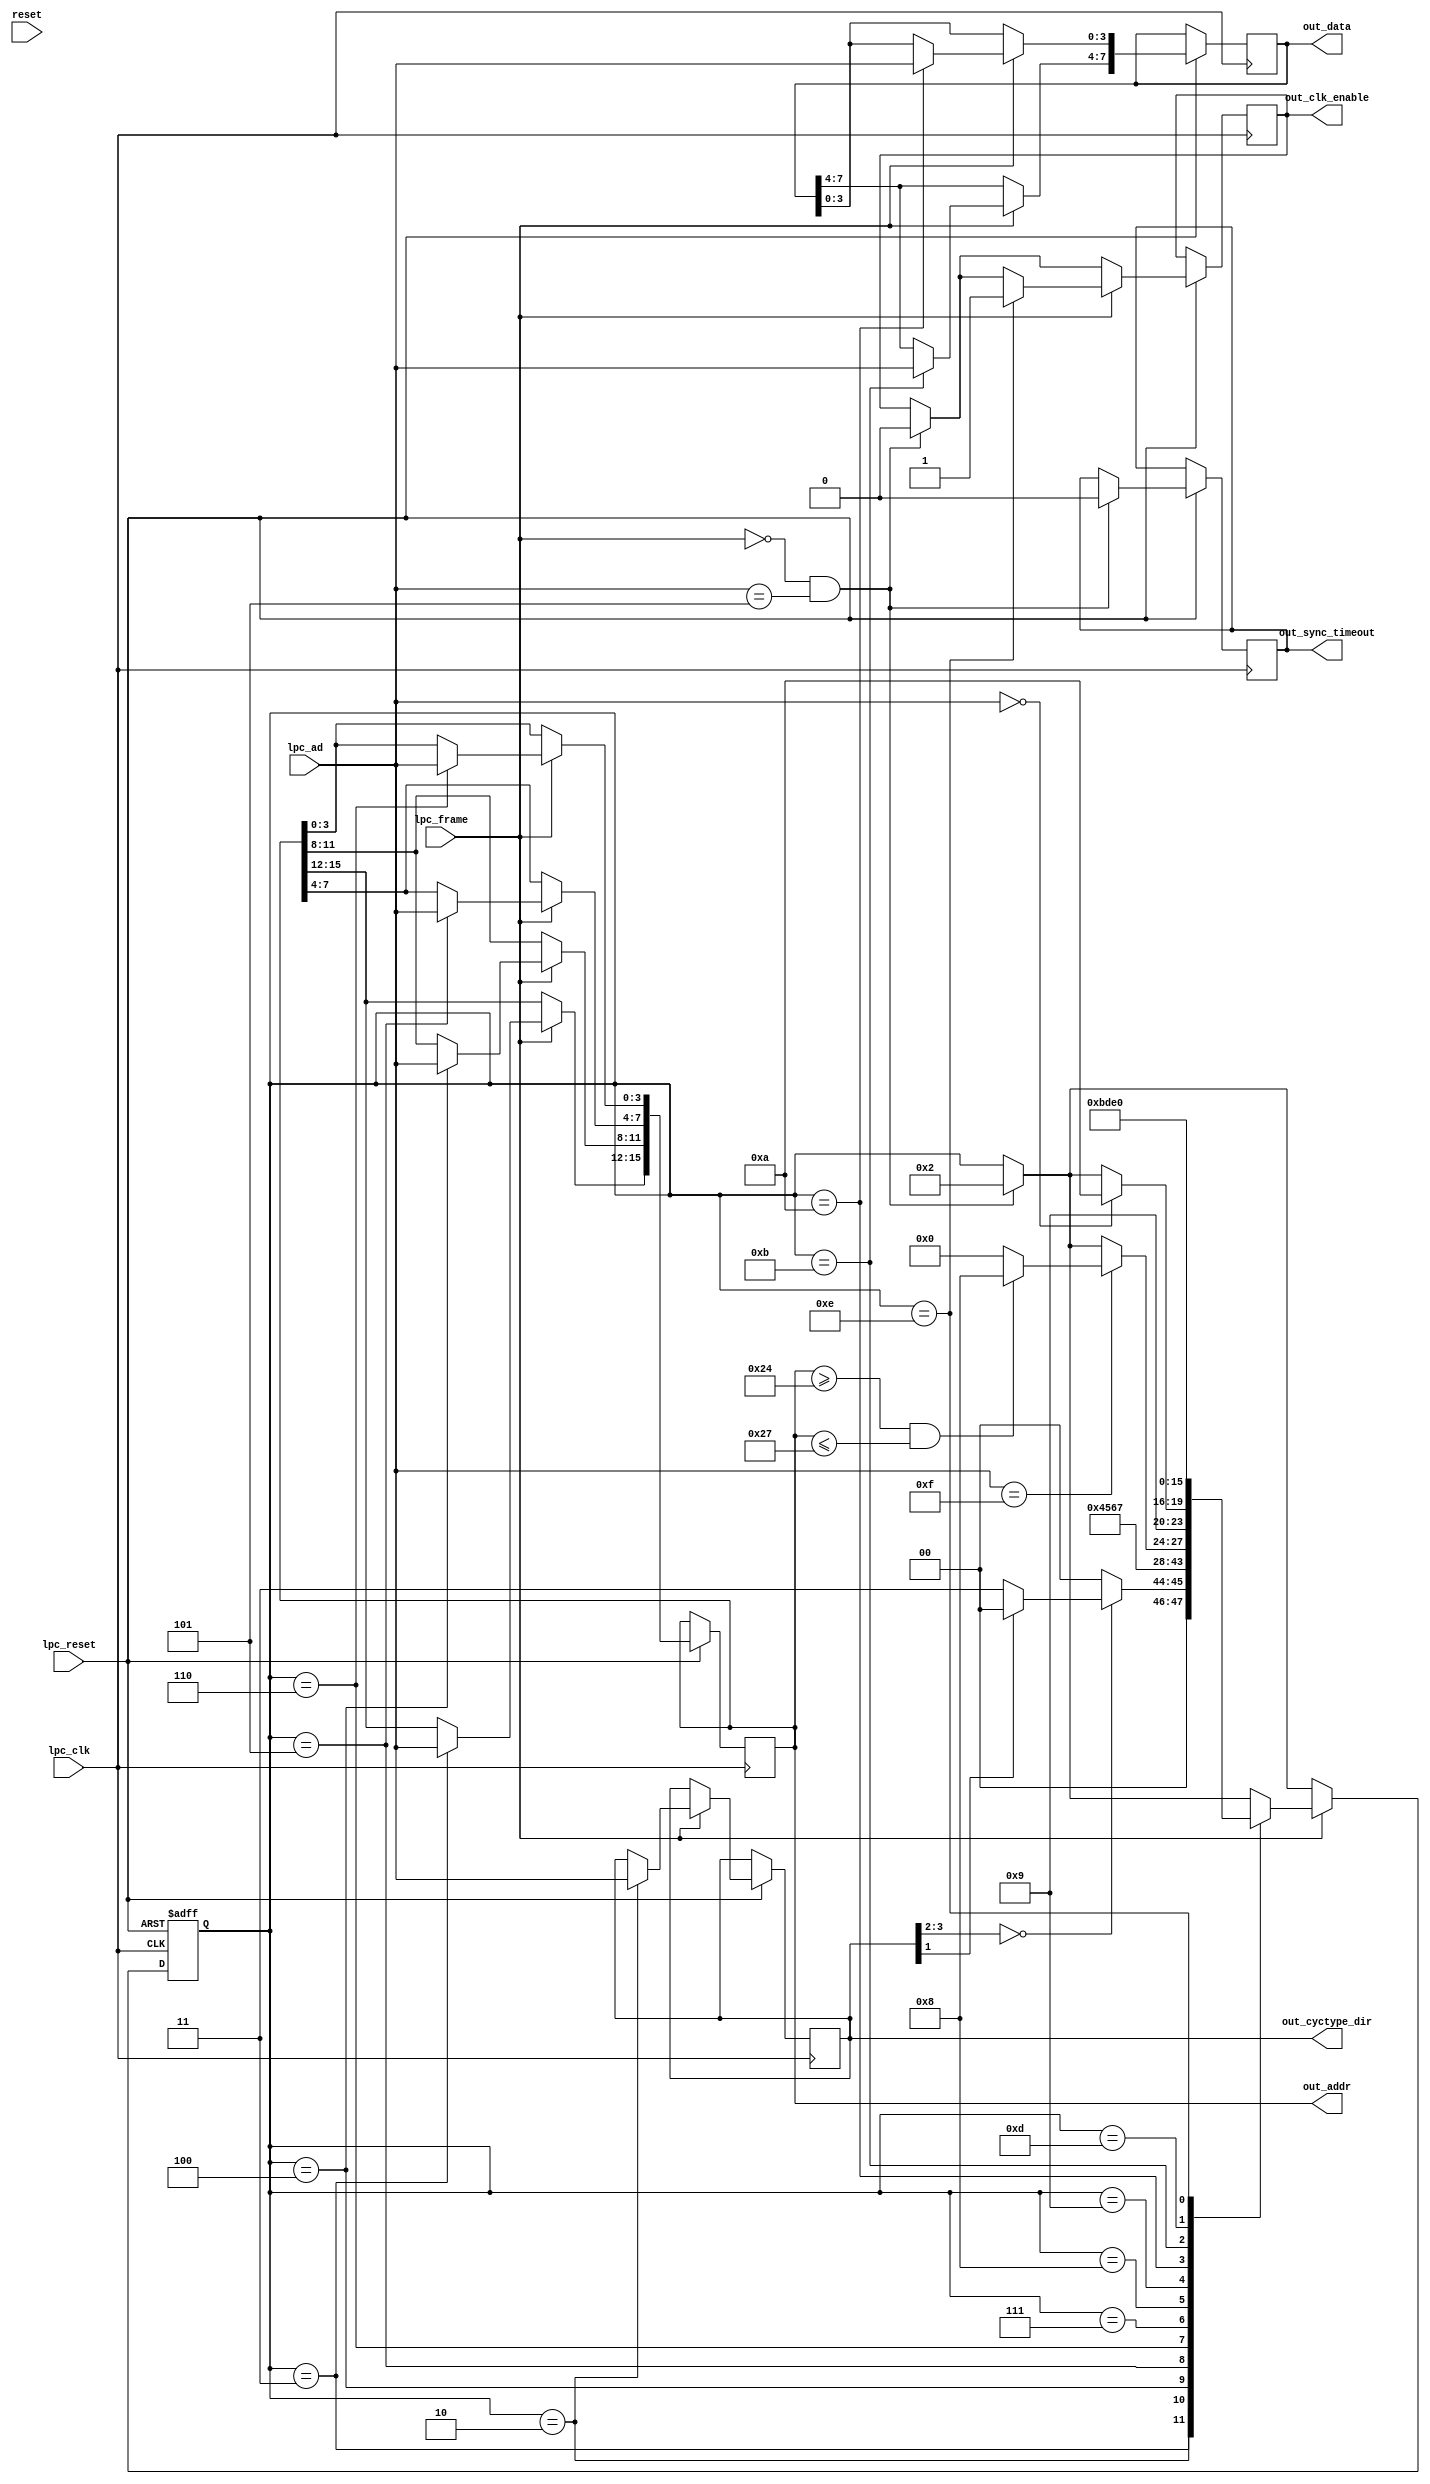
// This program was cloned from: https://github.com/SySS-Research/icestick-lpc-tpm-sniffer
// License: GNU General Public License v3.0

/*
 * iCEstick LPC TPM Sniffer (lpc.v)
 * 
 * LPC decoder
 * by Alexander Couzens (lynxis)
 * with TPM-specific modifications by Denis Andzakovic
 */

module lpc(
    input wire reset,
    input wire lpc_clk,
    input wire lpc_reset,
    input wire [3:0] lpc_ad,
    input wire lpc_frame,
    output wire [3:0] out_cyctype_dir,
    output wire [15:0] out_addr,
    output wire [7:0] out_data,
    output reg out_sync_timeout,
    output reg out_clk_enable);

    // type and direction. same as in LPC Spec 1.1
    // addr & data written or read

    // registers
    reg [3:0] cyctype_dir;                  // mode & direction, same as in LPC Spec 1.1
    reg [15:0] addr;                        // 16 bit address
    reg [7:0] data;                         // 8 bit data

    // combinatorial logic
    assign out_cyctype_dir = cyctype_dir;
    assign out_data = data;
    assign out_addr = addr;

    // state machine
    localparam[4:0] STATE_IDLE = 4'd0;
    localparam[4:0] STATE_START = 4'd1;
    localparam[4:0] STATE_CYCLE_DIR = 4'd2;
    localparam[4:0] STATE_ADDRESS_CLK1 = 4'd3;
    localparam[4:0] STATE_ADDRESS_CLK2 = 4'd4;
    localparam[4:0] STATE_ADDRESS_CLK3 = 4'd5;
    localparam[4:0] STATE_ADDRESS_CLK4 = 4'd6;
    localparam[4:0] STATE_TAR_CLK1 = 4'd7;
    localparam[4:0] STATE_TAR_CLK2 = 4'd8;
    localparam[4:0] STATE_SYNC = 4'd9;
    localparam[4:0] STATE_READ_DATA_CLK1 = 4'd10;
    localparam[4:0] STATE_READ_DATA_CLK2 = 4'd11;
    localparam[4:0] STATE_ABORT = 4'd12;
    localparam[4:0] STATE_TAREND_CLK1 = 4'd13;
    localparam[4:0] STATE_TAREND_CLK2 = 4'd14;
    
    reg [3:0] state = STATE_IDLE;
    

    // synchronous logic
    // Clock goes high, or RESET goes low (active low reset)
    always @(negedge lpc_clk  or negedge lpc_reset)
    begin
        if (~lpc_reset)
        begin
            state <= STATE_IDLE;
        end else
        begin
            // Start condition is having LPC_FRAME low and LAD = 0101 for TPM reads
            if (~lpc_frame && lpc_ad == 4'b0101)
            begin
                out_clk_enable <= 1'b0;
                out_sync_timeout <= 1'b0;
                state <= STATE_CYCLE_DIR;
            end
            
            // If LPC_FRAME is high, then we have data
            if (lpc_frame)            
            begin
                // State machine for frame
                case (state)
                    STATE_CYCLE_DIR:
                    begin
                        // cyctype_dir[3:0] <= lpc_ad[3:0];
                        cyctype_dir <= lpc_ad;
                        
                        if (cyctype_dir[3:2] == 2'b00) // I/O
                        begin
                            if (cyctype_dir[1] == 1'd0) // Read
                            begin
                                state <= STATE_ADDRESS_CLK1;
                            end else // Write
                            begin
                                state <= STATE_IDLE;
                            end
                        end else 
                        begin
                            state <= STATE_IDLE; // unsupported DMA or reserved
                        end
                       
                    end

                    STATE_ADDRESS_CLK1:
                    begin
                        addr[15:12] <= lpc_ad;
                        state <= STATE_ADDRESS_CLK2;
                    end

                    STATE_ADDRESS_CLK2:
                    begin
                        addr[11:8] <= lpc_ad;
                        state <= STATE_ADDRESS_CLK3;
                    end

                    STATE_ADDRESS_CLK3:
                    begin
                        addr[7:4] <= lpc_ad;
                        state <= STATE_ADDRESS_CLK4;
                    end

                    STATE_ADDRESS_CLK4:
                    begin
                        addr[3:0] <= lpc_ad;
                        state <= STATE_TAR_CLK1;
                    end



                    STATE_TAR_CLK1:
                    begin
                        // On first clock LAD are 1111, on second clock it goes Z
                        if (lpc_ad == 4'b1111)
                        begin
                            // Most TPM are using address 24 only, but some (ST, infineon) use 24 to 27 for FIFO
                            if (addr >= 16'h24 && addr <= 16'h27)
                            begin 
                                state <= STATE_TAR_CLK2;
                            end else 
                            begin
                                state <= STATE_IDLE;
                            end
                           
                        end
                    end
                            
                    STATE_TAR_CLK2:
                    begin
                        state <= STATE_SYNC;
                    end
                    
                    

                    STATE_SYNC:
                    begin
                        // Ready when LAD is 0000
                        if (lpc_ad == 4'b0000)
                        begin
                           state <= STATE_READ_DATA_CLK1;
                        end
                    end

                    STATE_READ_DATA_CLK1:
                    begin
                        data[3:0] <= lpc_ad;
                        state <= STATE_READ_DATA_CLK2;
                    end
                    
                    STATE_READ_DATA_CLK2:
                    begin
                        data[7:4] <= lpc_ad;
                        state <= STATE_TAREND_CLK1;
                    end



                    STATE_TAREND_CLK1:
                    begin
                        state <= STATE_TAREND_CLK2;
                    end
                    STATE_TAREND_CLK2:
                    begin
                        // No need to check for addr, it was already filtered on first TAR
                        out_clk_enable <= 1;
                        state <= STATE_IDLE;
                    end
                    
                endcase
            end
        end
    end

endmodule